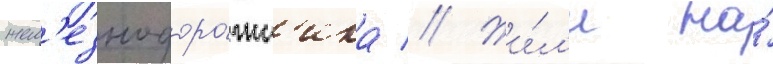
жел'езнодоро́жн'ика // Жи́л'и на́